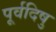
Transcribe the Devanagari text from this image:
पूर्वदिषु